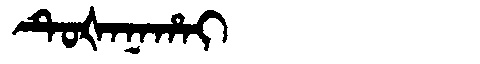
Manchu: ᡨᡠᡧᠠᠨᠠᡥᠠᡳ
Romanization: TUŠANAHAI